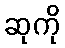
ဆုကို